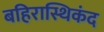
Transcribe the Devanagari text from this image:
बहिरास्थिकंद